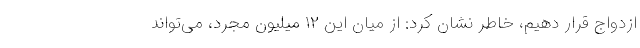
ازدواج قرار دهیم، خاطر نشان کرد: از میان این ۱۲ میلیون مجرد، می‌تواند